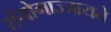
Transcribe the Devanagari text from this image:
संयोगाज्जायते